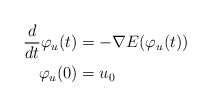
\begin{align*}\frac{d}{dt}\varphi_u(t)&=-\nabla E(\varphi_u(t))\\\varphi_u(0)&=u_0\end{align*}